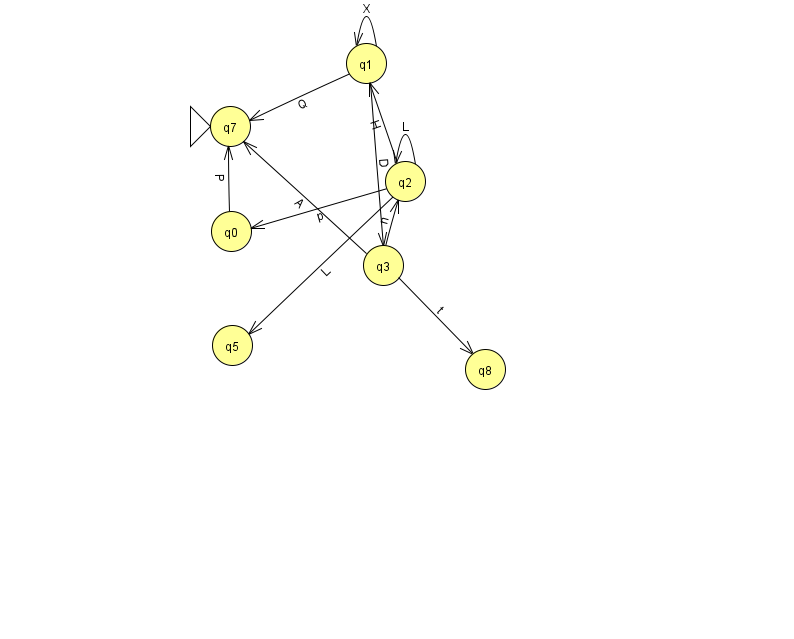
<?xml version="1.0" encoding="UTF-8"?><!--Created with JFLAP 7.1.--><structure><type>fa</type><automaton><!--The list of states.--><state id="0" name="q0"><x>231.0</x><y>218.0</y></state><state id="1" name="q1"><x>366.0</x><y>50.0</y></state><state id="2" name="q2"><x>405.0</x><y>168.0</y></state><state id="3" name="q3"><x>383.0</x><y>252.0</y></state><state id="5" name="q5"><x>232.0</x><y>332.0</y></state><state id="7" name="q7"><x>230.0</x><y>113.0</y><initial/></state><state id="8" name="q8"><x>485.0</x><y>356.0</y></state><!--The list of transitions.--><transition><from>3</from><to>7</to><read>A</read></transition><transition><from>2</from><to>1</to><read>H</read></transition><transition><from>2</from><to>5</to><read>L</read></transition><transition><from>1</from><to>1</to><read>X</read></transition><transition><from>3</from><to>2</to><read>n</read></transition><transition><from>0</from><to>7</to><read>P</read></transition><transition><from>1</from><to>7</to><read>Q</read></transition><transition><from>2</from><to>2</to><read>L</read></transition><transition><from>2</from><to>0</to><read>p</read></transition><transition><from>1</from><to>3</to><read>D</read></transition><transition><from>3</from><to>8</to><read>t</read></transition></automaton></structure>